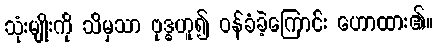
သုံးမျိုးကို သိမှသာ ဗုဒ္ဓဟူ၍ ဝန်ခံခဲ့ကြောင်း ဟောထား၏။